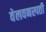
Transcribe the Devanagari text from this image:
वेलवनस्पती